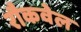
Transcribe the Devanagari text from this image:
रौकवेल